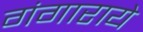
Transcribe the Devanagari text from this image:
गंगाराये